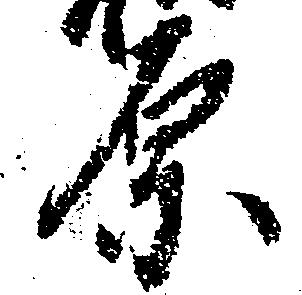
原